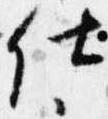
仕